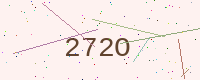
Text: 272O